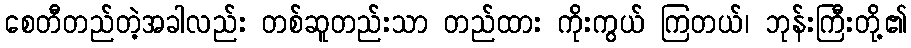
စေတီတည်တဲ့အခါလည်း တစ်ဆူတည်းသာ တည်ထား ကိုးကွယ် ကြတယ်၊ ဘုန်းကြီးတို့၏